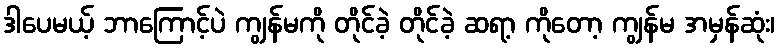
ဒါပေမယ့် ဘာကြောင့်ပဲ ကျွန်မကို တိုင်ခဲ့ တိုင်ခဲ့ ဆရာ့ ကိုတော့ ကျွန်မ အမှန်ဆုံး၊